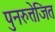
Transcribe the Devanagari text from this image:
पुनरुत्तेजित